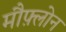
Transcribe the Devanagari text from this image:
मौफ़्लोन